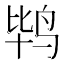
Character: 𲍴